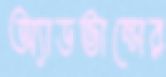
অ্যাডভান্সের